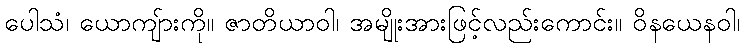
ပေါသံ၊ ယောကျ်ားကို။ ဇာတိယာဝါ၊ အမျိုးအားဖြင့်လည်းကောင်း။ ဝိနယေနဝါ၊